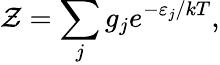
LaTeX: \mathcal{Z}=\sum_{j}g_{j}e^{-\varepsilon_{j}/kT},